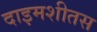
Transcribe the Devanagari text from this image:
दाइमशीतस